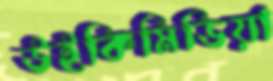
উইকিমিডিয়া